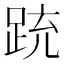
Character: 䟲